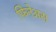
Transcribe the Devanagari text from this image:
फिनेअस